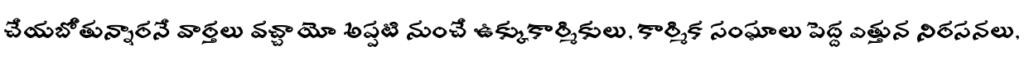
చేయబోతున్నారనే వార్తలు వచ్చాయో అప్పటి నుంచే ఉక్కుకార్మికులు, కార్మిక సంఘాలు పెద్ద ఎత్తున నిరసనలు,